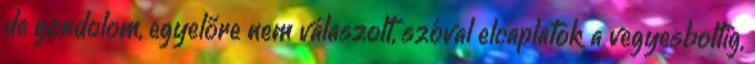
de gondolom, egyelőre nem válaszolt, szóval elcaplatok a vegyesboltig,